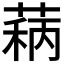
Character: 𬝦